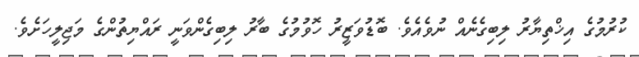
ކުރުމުގެ އިޚްތިޔާރު ލިބިގެނެއް ނުވެއެވެ. ބޮޑުވަޒީރު ހޮވުމުގެ ބާރު ލިބިގެންވަނީ ރައްޔިތުންގެ މަޖިލީހަށެވެ.